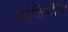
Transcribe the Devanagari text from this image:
बोर्जिगीन